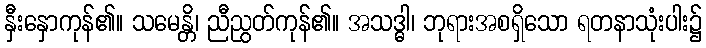
နှီးနှောကုန်၏။ သမေန္တိ၊ ညီညွတ်ကုန်၏။ အသဒ္ဓါ၊ ဘုရားအစရှိသော ရတနာသုံးပါး၌